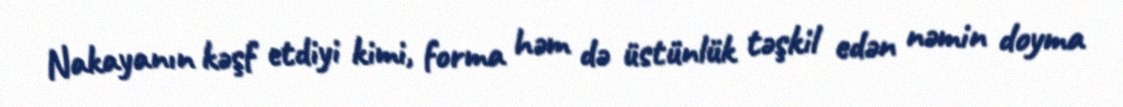
Nakayanın kəşf etdiyi kimi, forma həm də üstünlük təşkil edən nəmin doyma